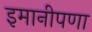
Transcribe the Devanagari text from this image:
इमानीपणा